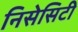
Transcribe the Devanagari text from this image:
निसेसिटी